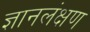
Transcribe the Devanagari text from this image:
ज्ञानलंक्षण